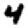
Digit: 4